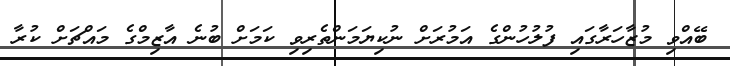
ބޭއްވި މުޒާހަރާގައި ފުލުހުންގެ އަމުރަށް ނުކިޔަމަންތެރިވި ކަމަށް ބުނެ އާޒިމްގެ މައްޗަށް ކުރާ